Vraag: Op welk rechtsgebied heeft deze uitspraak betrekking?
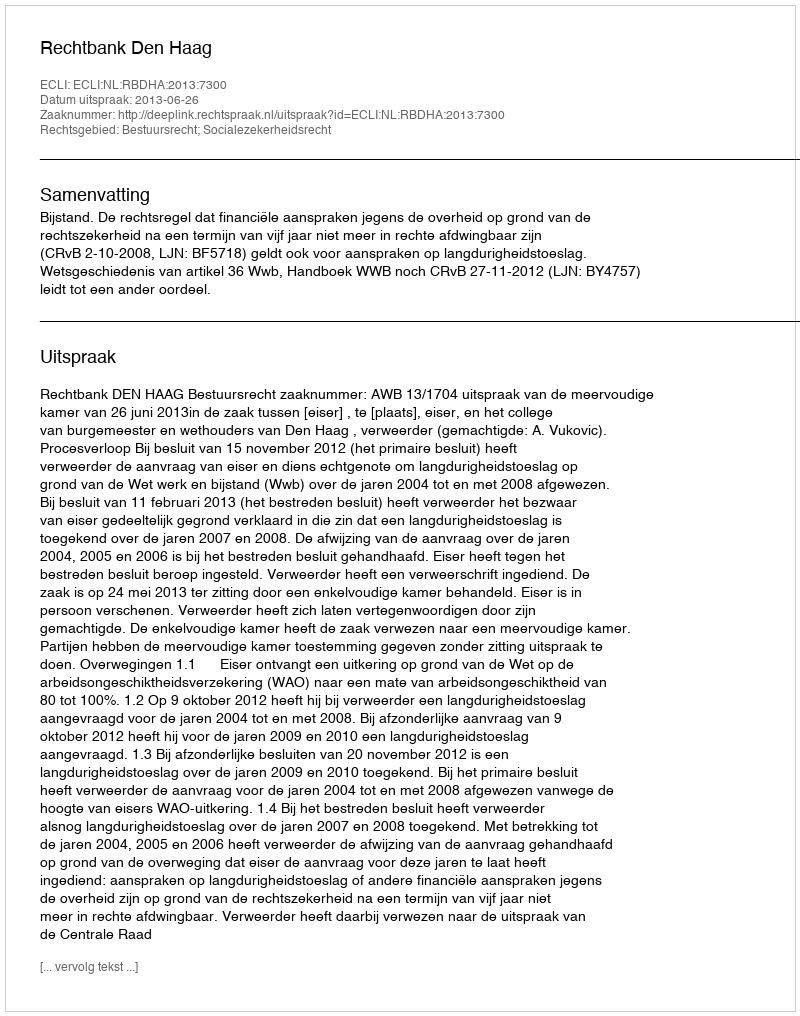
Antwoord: Bestuursrecht; Socialezekerheidsrecht